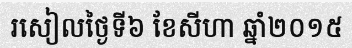
រសៀលថ្ងៃទី៦ ខែសីហា ឆ្នាំ២០១៥